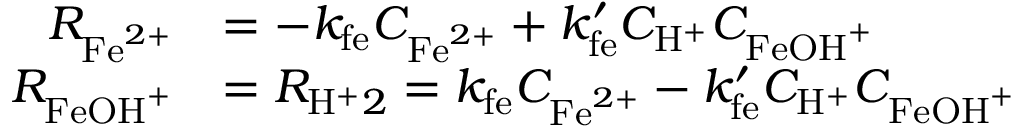
\begin{array} { r l } { R _ { \mathrm { F e } ^ { 2 + } } } & { = - k _ { \mathrm { f e } } C _ { \mathrm { F e } ^ { 2 + } } + k _ { \mathrm { f e } } ^ { \prime } C _ { \mathrm { H } ^ { + } } C _ { \mathrm { F e O H } ^ { + } } } \\ { R _ { \mathrm { F e O H } ^ { + } } } & { = R _ { \mathrm { H } ^ { + } 2 } = k _ { \mathrm { f e } } C _ { \mathrm { F e } ^ { 2 + } } - k _ { \mathrm { f e } } ^ { \prime } C _ { \mathrm { H } ^ { + } } C _ { \mathrm { F e O H } ^ { + } } } \end{array}